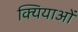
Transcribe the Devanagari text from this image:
क्यियाओं